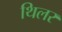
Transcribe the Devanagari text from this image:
थिलर